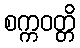
စက္ကဝတ္တိ